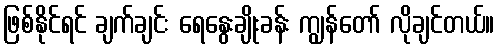
ဖြစ်နိုင်ရင် ချက်ချင်း ရေနွေးချိုးခန်း ကျွန်တော် လိုချင်တယ်။